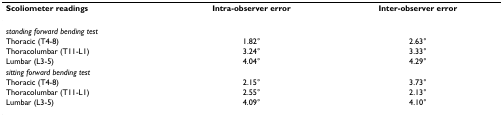
<table><thead><tr><td><b>Scoliometer readings</b></td><td><b>Intra-observer error</b></td><td><b>Inter-observer error</b></td></tr></thead><tbody><tr><td><i>standing forward bending test</i></td><td></td><td></td></tr><tr><td>Thoracic (T4-8)</td><td>1.82°</td><td>2.63°</td></tr><tr><td>Thoracolumbar (T11-L1)</td><td>3.24°</td><td>3.33°</td></tr><tr><td>Lumbar (L3-5)</td><td>4.04°</td><td>4.29°</td></tr><tr><td><i>sitting forward bending test</i></td><td></td><td></td></tr><tr><td>Thoracic (T4-8)</td><td>2.15°</td><td>3.73°</td></tr><tr><td>Thoracolumbar (T11-L1)</td><td>2.55°</td><td>2.13°</td></tr><tr><td>Lumbar (L3-5)</td><td>4.09°</td><td>4.10°</td></tr></tbody></table>